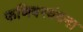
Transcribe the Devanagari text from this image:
फणिवरवंदना